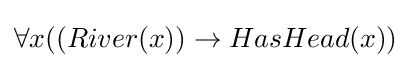
\forall x((River(x))\to HasHead(x))